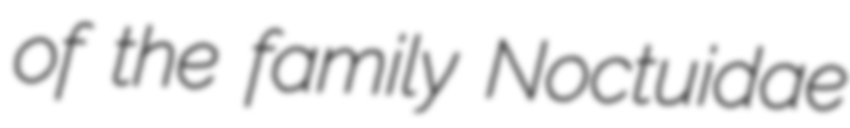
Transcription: of the family Noctuidae